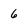
Character: 6